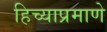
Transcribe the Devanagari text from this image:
हिच्याप्रमाणे